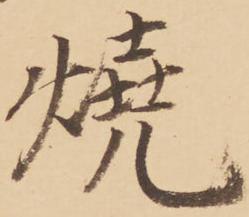
焼